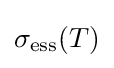
\sigma _{\mathrm {ess} }(T)